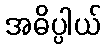
အဓိပ္ပါယ်